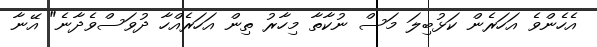
އެހެންވެ އަހަރެން ކަޅުބިލަ މަސް ނުކާތާ މިހާރު ތިން އަހަރެއްހާ ދުވަސްވެދާނެ" އޭނާ